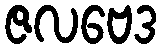
ဇလဗေဒ